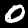
Digit: 0